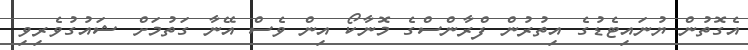
އެގޮތުން ޔުނައިޓެޑުގެ އިތުރުން ފްރާންސްގެ މޮނާކޯ އިން ވެސް އޭނާ ގަތުމަށް ޝައުގުވެރިވި